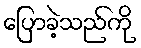
ပြောခဲ့သည်ကို